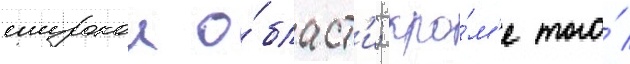
широкои о́бласт'и; кро́м'е того́